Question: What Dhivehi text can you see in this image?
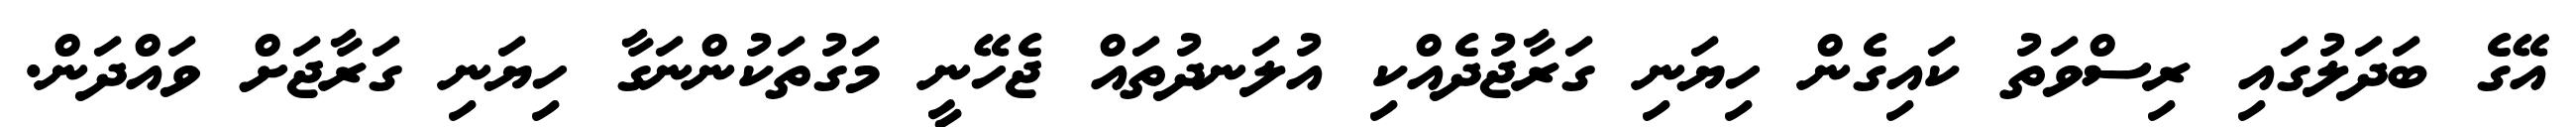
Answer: އޭގެ ބަދަލުގައި ރިސްވަތު ކައިގެން ހިޔަނި ގަރާޖުދެއްކި އުލަނދުތައް ޖެހޭނީ މަގުތަކުންނަގާ ހިޔަނި ގަރާޖަށް ވައްދަން.